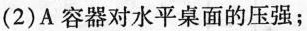
(2)A容器对水平桌面的压强；